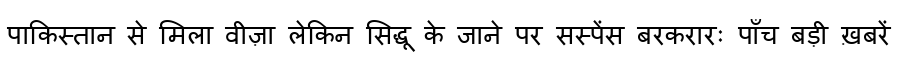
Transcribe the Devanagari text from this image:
पाकिस्तान से मिला वीज़ा लेकिन सिद्धू के जाने पर सस्पेंस बरकरारः पाँच बड़ी ख़बरें